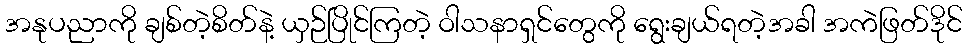
အနုပညာကို ချစ်တဲ့စိတ်နဲ့ ယှဉ်ပြိုင်ကြတဲ့ ဝါသနာရှင်တွေကို ရွေးချယ်ရတဲ့အခါ အကဲဖြတ်ဒိုင်